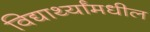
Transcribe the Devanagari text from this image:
विद्यार्थ्यांमधील